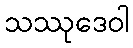
သဿုဒေဝါ